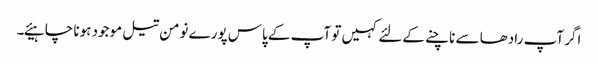
اگر آپ رادھا سے ناچنے کےلئے کہیں تو آپ کے پاس پورے نومن تیل موجود ہونا چا ہیئے۔